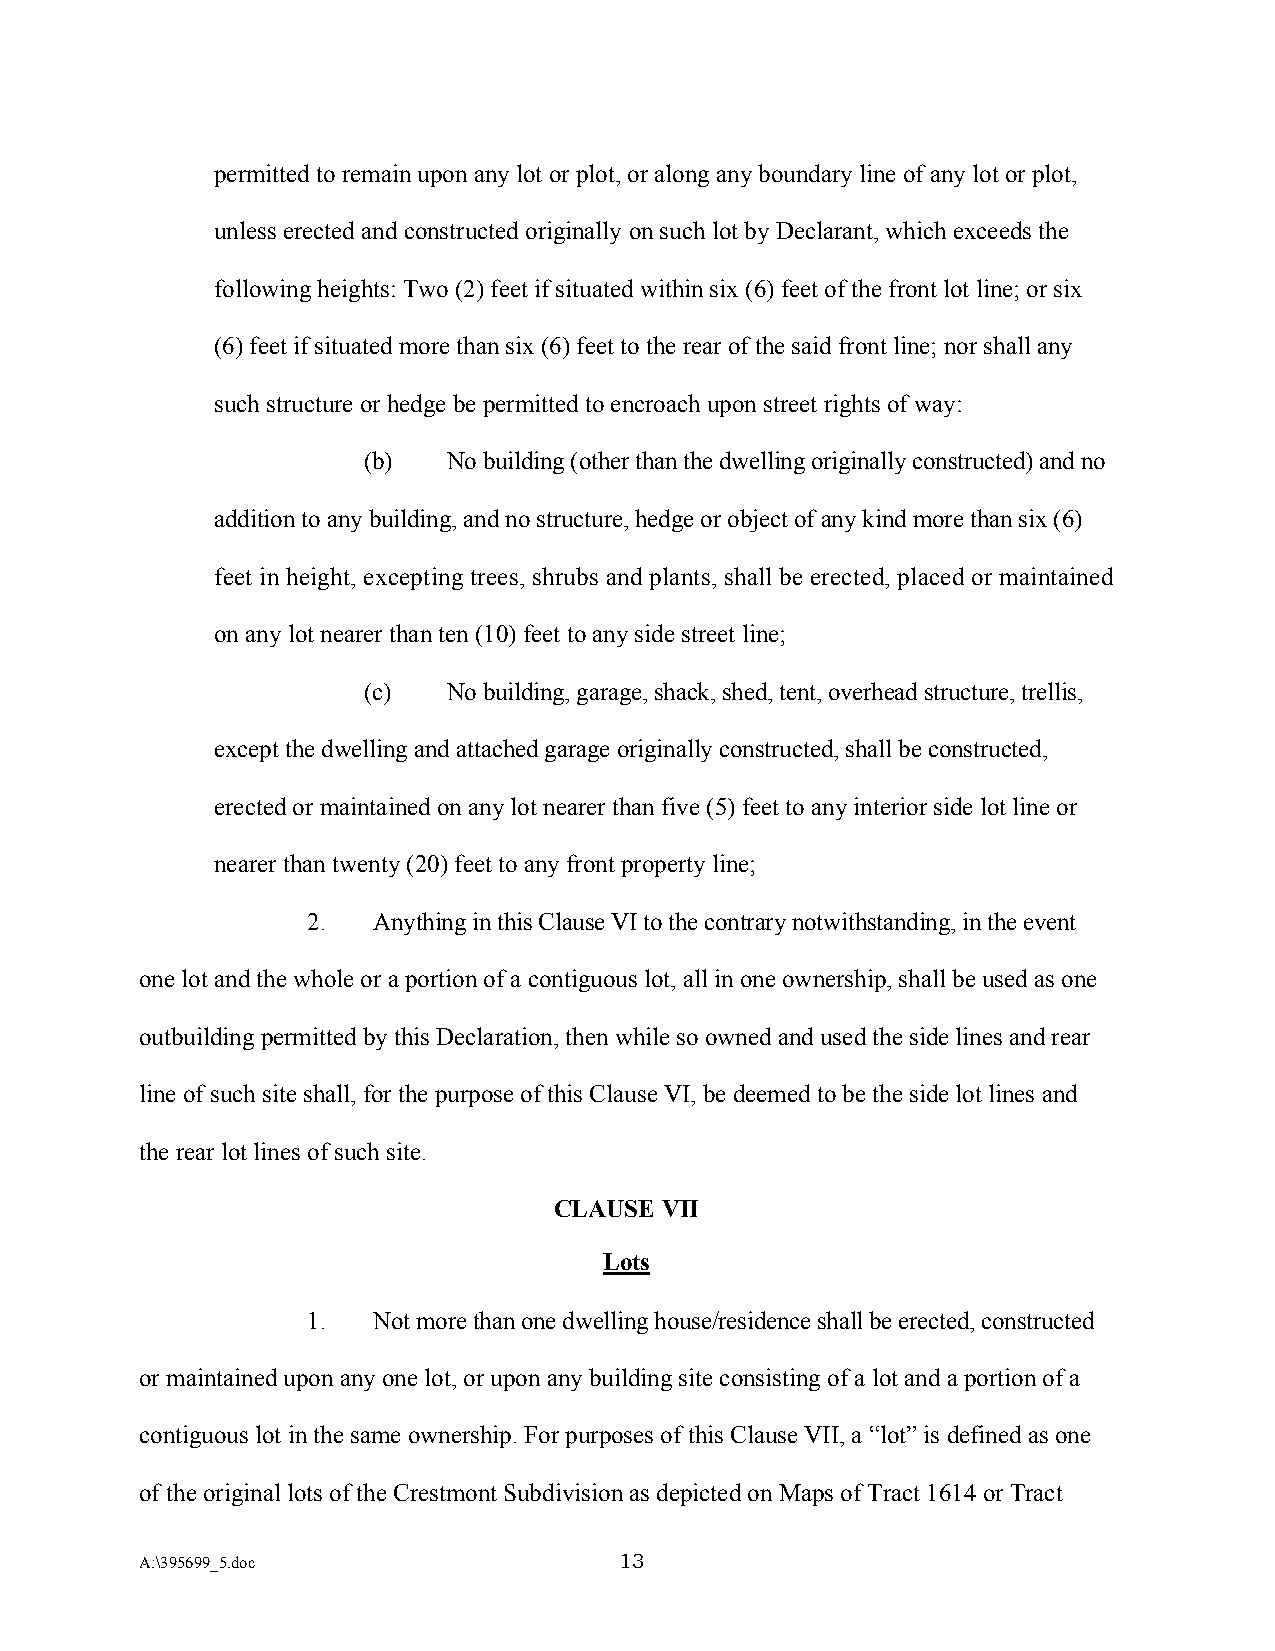
permitted to remain upon any lot or plot, or along any boundary line of any lot or plot,
 unless erected and constructed originally on such lot by Declarant, which exceeds the
 following heights: Two (2) feet if situated within six (6) feet of the front lot line; or six
 (6) feet if situated more than six (6) feet to the rear of the said front line; nor shall any
 such structure or hedge be permitted to encroach upon street rights of way:
 (b)   No building (other than the dwelling originally constructed) and no
 addition to any building, and no structure, hedge or object of any kind more than six (6)
 feet in height, excepting trees, shrubs and plants, shall be erected, placed or maintained
 on any lot nearer than ten (10) feet to any side street line;
 (c)   No building, garage, shack, shed, tent, overhead structure, trellis,
 except the dwelling and attached garage originally constructed, shall be constructed,
 erected or maintained on any lot nearer than five (5) feet to any interior side lot line or
 nearer than twenty (20) feet to any front property line;
 2.   Anything in this Clause VI to the contrary notwithstanding, in the event
 one lot and the whole or a portion of a contiguous lot, all in one ownership, shall be used as one
 outbuilding permitted by this Declaration, then while so owned and used the side lines and rear
 line of such site shall, for the purpose of this Clause VI, be deemed to be the side lot lines and
 the rear lot lines of such site.
 CLAUSE VII
 Lots
 1.   Not more than one dwelling house/residence shall be erected, constructed
 or maintained upon any one lot, or upon any building site consisting of a lot and a portion of a
 contiguous lot in the same ownership. For purposes of this Clause VII, a “lot” is defined as one
 of the original lots of the Crestmont Subdivision as depicted on Maps of Tract 1614 or Tract
 A:\395699_5.doc                 13